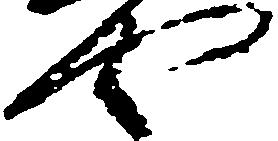
や